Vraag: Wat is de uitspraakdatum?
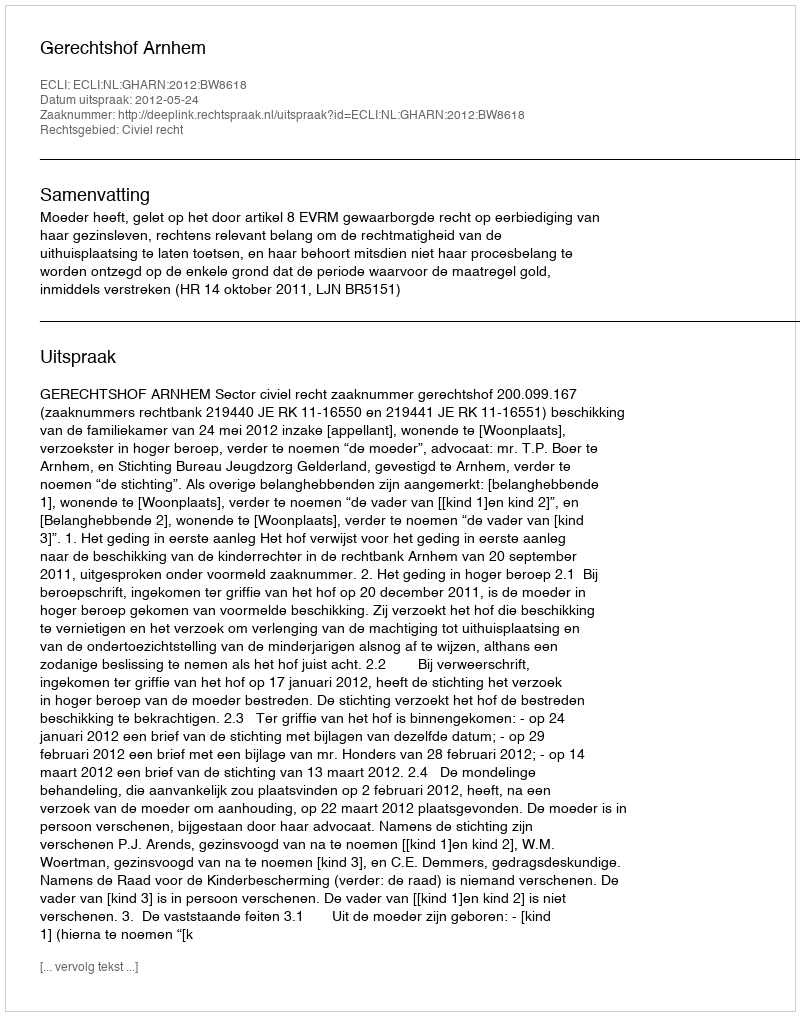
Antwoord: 2012-05-24